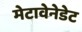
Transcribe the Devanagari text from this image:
मेटावेनेडेट